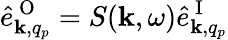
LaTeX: \hat{e}_{{\mathbf k},q_{p}}^{\mathrm{~O~}}=S({\mathbf k},\omega)\hat{e}_{{\mathbf k},q_{p}}^{\mathrm{~I~}}